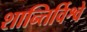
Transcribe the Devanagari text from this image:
शान्तिर्विश्वे